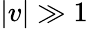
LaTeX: |v|\gg 1